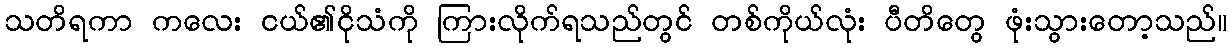
သတိရကာ ကလေး ငယ်၏ငိုသံကို ကြားလိုက်ရသည်တွင် တစ်ကိုယ်လုံး ပီတိတွေ ဖုံးသွားတော့သည်။